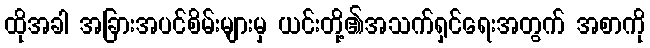
ထိုအခါ အခြားအပင်စိမ်းများမှ ယင်းတို့၏အသက်ရှင်ရေးအတွက် အစာကို